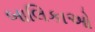
બાલિકાઓ